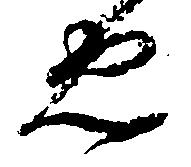
忠